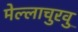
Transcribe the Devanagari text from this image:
मेल्‍लाचुरवु